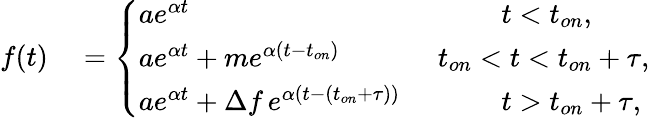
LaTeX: \begin{array}{rl}{f(t)}&{{}=\left\{ \begin{array}{ll}{ae^{\alpha t}\, \, }&{~~~~~~~~~t<t_{on},}\\ {ae^{\alpha t}+me^{\alpha(t-t_{on})}\, \, }&{t_{on}<t<t_{on}+\tau,}\\ {ae^{\alpha t}+\Delta f\, e^{\alpha(t-(t_{on}+\tau))}\, \, }&{~~~~~~~~~t>t_{on}+\tau,}\end{array}\right.}\end{array}